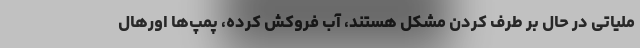
ملیاتی در حال بر طرف کردن مشکل هستند، آب فروکش کرده، پمپ‌ها اورهال